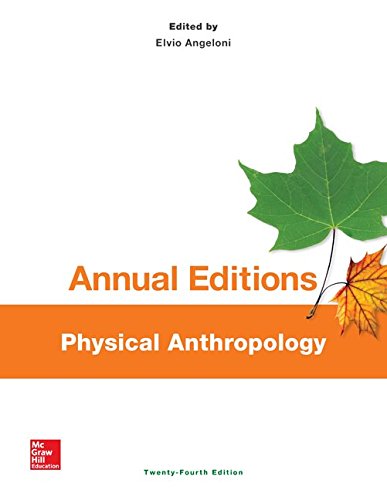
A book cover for Annual Editions: Physical Anthropology, 24/e; Elvio Angeloni; Politics & Social Sciences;